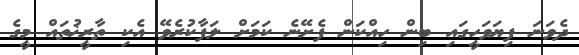
ދެވަނަ ފިޔަވަހީގައި ބިން ހިއްކަން ފެށޭނެ ކަމަށް ލަފާކުރެވޭ އެކި ތާރީޚުތައް މީގެ